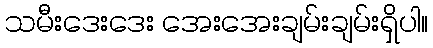
သမီးဒေးဒေး အေးအေးချမ်းချမ်းရှိပါ။